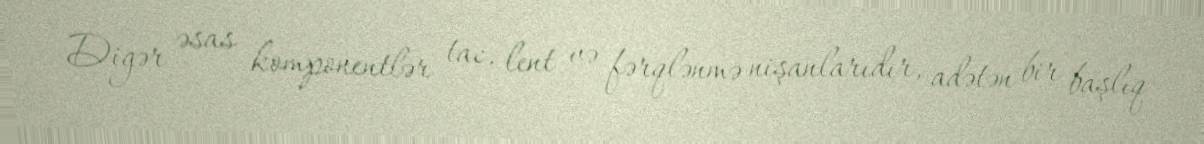
Digər əsas komponentlər tac, lent və fərqlənmə nişanlarıdır, adətən bir başlıq